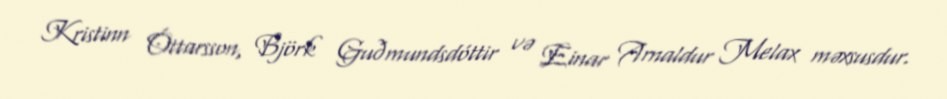
Kristinn Óttarsson, Björk Guðmundsdóttir və Einar Arnaldur Melax məxsusdur.